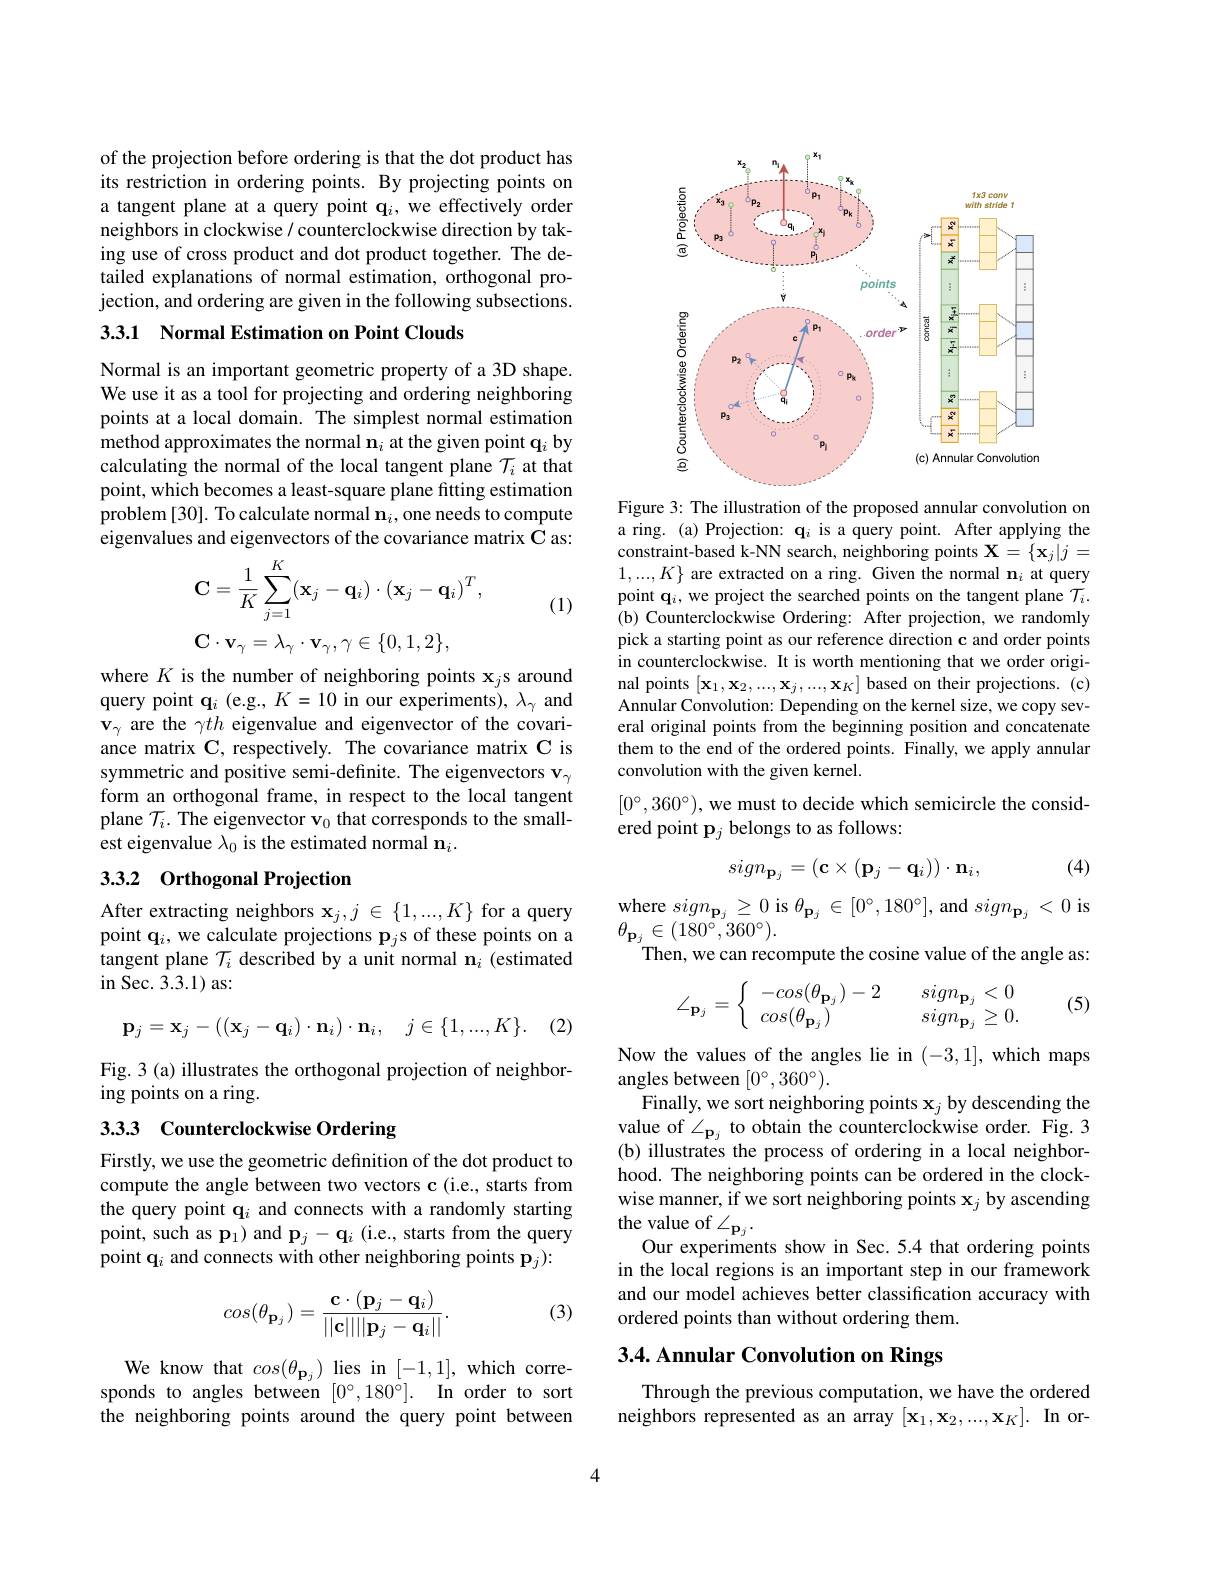
of the projection before ordering is that the dot product has its restriction in ordering points. By projecting points on a tangent plane at a query point $\mathbf{q}_i$, we effectively order neighbors in clockwise / counterclockwise direction by taking use of cross product and dot product together. The detailed explanations of normal estimation, orthogonal projection, and ordering are given in the following subsections.

3.3.1 Normal Estimation on Point Clouds

Normal is an important geometric property of a 3D shape. We use it as a tool for projecting and ordering neighboring points at a local domain. The simplest normal estimation method approximates the normal $\mathbf{n}_i$ at the given point q$_i$ by calculating the normal of the local tangent plane $\mathcal{T}_i$ at that point, which becomes a least-square plane fitting estimation problem [30]. To calculate normal $\mathbf{n}_i$,one needs to compute eigenvalues and eigenvectors of the covariance matrix C as:

(1)
$$\mathbf{C}=\dfrac{1}{K}\sum_{j=1}^K(\mathbf{x}_j-\mathbf{q}_i)\cdot(\mathbf{x}_j-\mathbf{q}_i)^T,$$
$$\mathbf{C}\cdot\mathbf{v}_{\gamma}=\lambda_{\gamma}\cdot\mathbf{v}_{\gamma},\gamma\in\{0,1,2\},$$
where $K$ is the number of neighboring points $\mathbf{x}_j$s around query point $\mathbf{q}_i$ (e.g., $K=10$ in our experiments), $\lambda_\gamma$ and $\mathbf{v}_\gamma$ are the $\gamma th$ eigenvalue and eigenvector of the covariance matrix C, respectively. The covariance matrix C is symmetric and positive semi-definite. The eigenvectors $\mathbf{v}_\gamma$ form an orthogonal frame, in respect to the local tangent plane $\mathcal{T}_i.$ The eigenvector v$_0$ that corresponds to the smallest eigenvalue $\lambda_0$ is the estimated normal $\mathbf{n}_i.$

## 3.3.2 Orthogonal Projection

After extracting neighbors $\mathbf{x}_j,j\in\{1,...,K\}$ for a query point $\mathbf{q}_i$,we calculate projections $\mathbf{p}_j$s of these points on a tangent plane $\mathcal{T}_i$ described by a unit normal $\mathbf{n}_i$ (estimated in Sec. 3.3.1) as:

(2)
$$\mathbf{p}_j=\mathbf{x}_j-((\mathbf{x}_j-\mathbf{q}_i)\cdot\mathbf{n}_i)\cdot\mathbf{n}_i,\quad j\in\{1,...,K\}.$$
Fig. 3 (a) illustrates the orthogonal projection of neighbor-
ing points on a ring.

## 3.33 Counterclockwise Ordering

Firstly, we use the geometric definition of the dot product to compute the angle between two vectors c (i.e., starts from the query point $\mathbf{q}_i$ and connects with a randomly starting point, such as $\mathbf{p}_1)$ and $\mathbf{p}_j-\mathbf{q}_i$ (i.e., starts from the query ${\hat{\text{point q}}_{i}}$ and connects with other neighboring points ${\mathbf{p}}_{j}):$

(3)
$$cos(\theta_{\mathbf{p}_j})=\frac{\mathbf{c}\cdot(\mathbf{p}_j-\mathbf{q}_i)}{||\mathbf{c}||||\mathbf{p}_j-\mathbf{q}_i||}.$$
We know that $cos(\theta_{\mathbf{p}_j})$ lies in [-1,1], which corresponds to angles between $[ 0^\circ , 180^\circ ] .$ In order to sort the neighboring points around the query point between

<FigureHere>

Figure 3: The illustration of the proposed annular convolution on a ring. (a) Projection: $\mathbf{q}_i$ is a query point. After applying the constraint-based k-NN search, neighboring points $\mathbf{X}=\{\mathbf{x}_j|j=$ $1,...,K\}$ are extracted on a ring. Given the normal $\mathbf{n}_i$ at query point $\mathbf{q}_i$, we project the searched points on the tangent plane $\mathcal{T}_i.$ (b) Counterclockwise Ordering: After projection, we randomly pick a starting point as our reference direction c and order points in counterclockwise. It is worth mentioning that we order original points $[\mathbf{x}_1,\mathbf{x}_2,...,\mathbf{x}_j,...,\mathbf{x}_K]$ based on their projections.(c) Annular Convolution: Depending on the kernel size, we copy several original points from the beginning position and concatenate them to the end of the ordered points. Finally, we apply annular convolution with the given kernel.
$[0^\circ,360^\circ)$, we must to decide which semicircle the consid-
ered point $\mathbf{p}_j$ belongs to as follows:

(4)
$$sign_{\mathbf{p}_j}=(\mathbf{c}\times(\mathbf{p}_j-\mathbf{q}_i))\cdot\mathbf{n}_i,$$
where $sign_\mathbf{p}_j\geq0$ is $\theta_\mathbf{p}_j\in[0^\circ,180^\circ]$, and $sign_\mathbf{p}_j<0$ is

$\theta_{\mathbf{p}_{j}}\in(180^{\circ},360^{\circ}).$
Then, we can recompute the cosine value of the angle as:
$$\angle_{\mathbf{p}_j}=\left\{\begin{array}{ll}-cos(\theta_{\mathbf{p}_j})-2&\quad sign_{\mathbf{p}_j}<0\\cos(\theta_{\mathbf{p}_j})&\quad sign_{\mathbf{p}_j}\geq0.\end{array}\right.$$
(5)

Now the values of the angles lie in (-3,1], which maps
angles between $[0^\circ,360^\circ).$
Finally, we sort neighboring points $\mathbf{x}_j$ by descending the value of $\angle_\mathbf{p}_j$ to obtain the counterclockwise order. Fig.3 (b) illustrates the process of ordering in a local neighborhood. The neighboring points can be ordered in the clockwise manner, if we sort neighboring points $\mathbf{x}_j$ by ascending the value of $\angle_{\mathbf{p}_j}.$
Our experiments show in Sec. 5.4 that ordering points in the local regions is an important step in our framework and our model achieves better classification accuracy with ordered points than without ordering them.

## 3.4. Annular Convolution on Rings

Through the previous computation, we have the ordered neighbors represented as an array $[\mathbf{x}_1,\mathbf{x}_2,...,\mathbf{x}_K].$ In or-

4